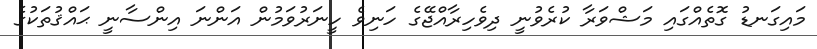
މައިގަނޑު ގޮތެއްގައި މަޝްވަރާ ކުރެވުނީ ދިވެހިރާއްޖޭގެ ހަނިވެ ހީނަރުވަމުން އަންނަ އިންސާނީ ޙައްޤުތަކުގެ